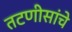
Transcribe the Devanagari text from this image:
तटणीसांचे